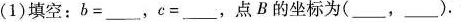
(1)填空:b=\underline，c=\underline,点B的坐标为(\underline，\underline)